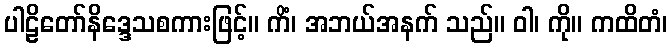
ပါဠိတော်နိဒ္ဒေသစကားဖြင့်။ ကိံ၊ အဘယ်အနက် သည်။ ဝါ၊ ကို။ ကထိတံ၊